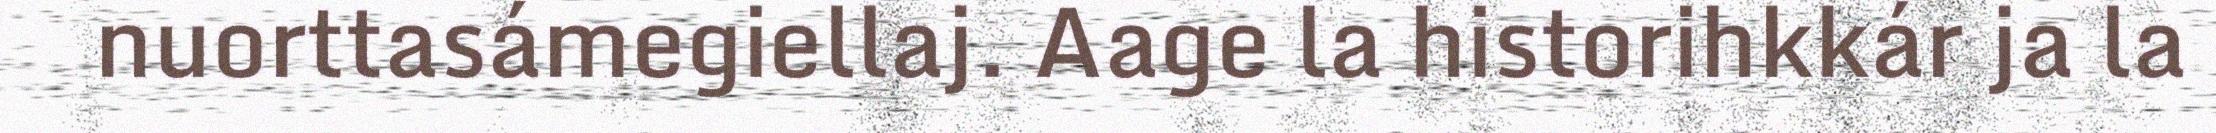
nuorttasámegiellaj. Aage la historihkkár ja la